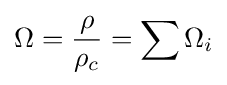
\Omega ={\frac {\rho }{\rho _{c}}}=\sum \Omega _{i}